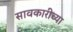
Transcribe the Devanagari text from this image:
सावकारीच्या